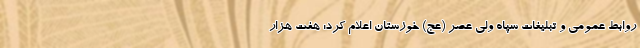
روابط عمومی و تبلیغات سپاه ولی عصر (عج) خوزستان اعلام کرد: هفت هزار